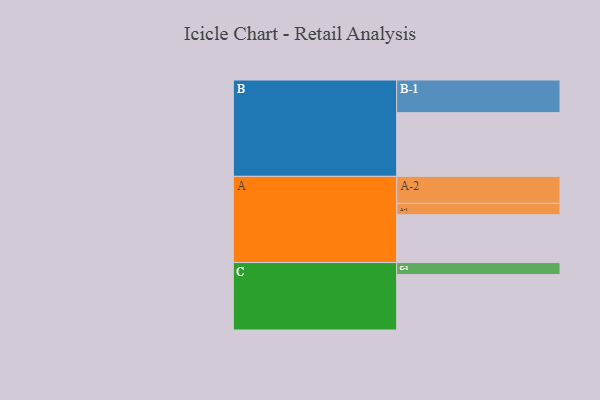
{"axis": {"x": "Segment", "y": "Value"}, "legend": ["", "A", "B", "C"], "data": [{"x": "A", "y": 412, "type": ""}, {"x": "B", "y": 548, "type": ""}, {"x": "C", "y": 477, "type": ""}, {"x": "A-1", "y": 98, "type": "A"}, {"x": "A-2", "y": 232, "type": "A"}, {"x": "B-1", "y": 281, "type": "B"}, {"x": "C-1", "y": 103, "type": "C"}]}